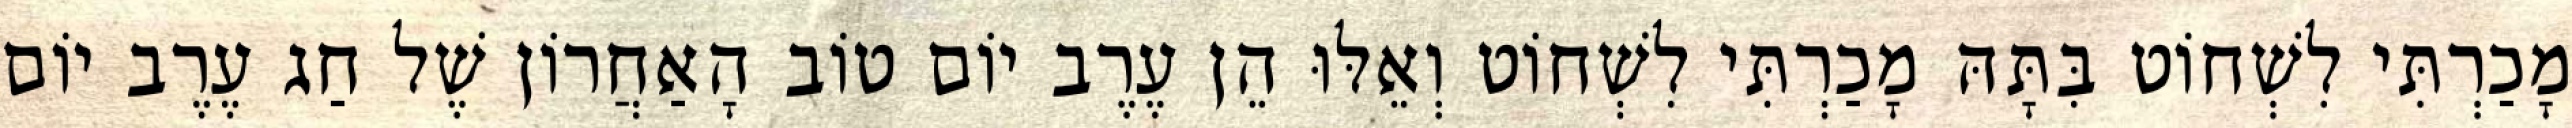
מָכַרְתִּי לִשְׁחוֹט בִּתָּהּ מָכַרְתִּי לִשְׁחוֹט וְאֵלּוּ הֵן עֶרֶב יוֹם טוֹב הָאַחֲרוֹן שֶׁל חַג עֶרֶב יוֹם